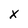
Character: x